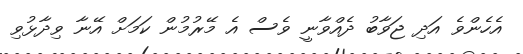
އެހެންވެ އަދި ޖަވާބު ދެއްވާނީ ވެސް އެ މޭރުމުން ކަމަށް އޭނާ ވިދާޅުވި